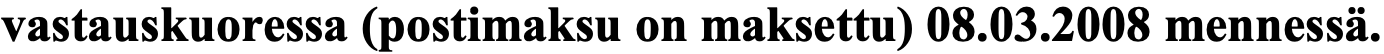
vastauskuoressa (postimaksu on maksettu) 08.03.2008 mennessä.